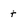
Character: t